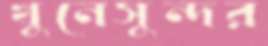
খুনেসুন্দর